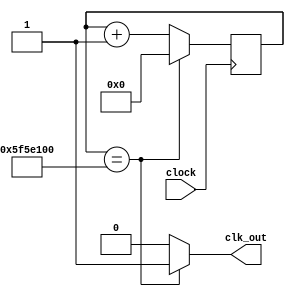
`timescale 1ns / 1ps
//////////////////////////////////////////////////////////////////////////////////
// Company: 
// Engineer: 
// 
// Design Name: 
// Module Name: divider
// Project Name: 
// Target Devices: 
// Tool Versions: 
// Description: 
// 
// Dependencies: 
// 
// Revision:
// Revision 0.01 - File Created
// Additional Comments:
// 
//////////////////////////////////////////////////////////////////////////////////


module divide_sec(
    input clock,
    output clk_out
    );
    reg elapsed; // elapsed time 1 second
    reg [27:0] state;
    
    always @ (posedge clock)
        if (state == 100000000) state <= 0;
        else state <= state + 1;
    always @ (state)
        if (state == 100000000) elapsed = 1;
        else elapsed = 0;
    assign clk_out = elapsed;
endmodule